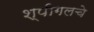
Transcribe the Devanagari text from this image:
श्पीगलचे